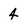
Character: 4